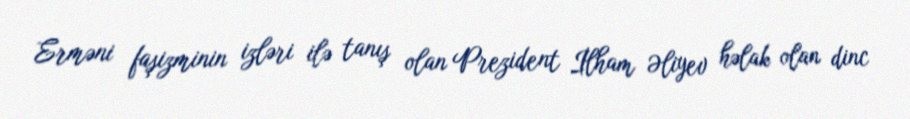
Erməni faşizminin izləri ilə tanış olan Prezident İlham Əliyev həlak olan dinc